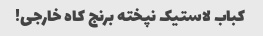
کباب لاستیک نپخته برنج کاه خارجی!